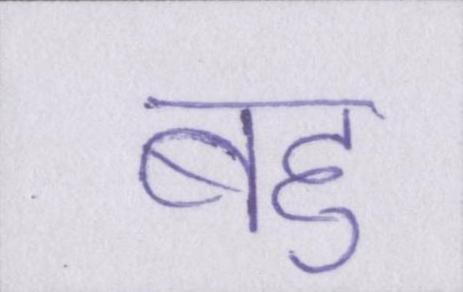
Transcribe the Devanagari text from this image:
बहु